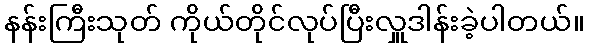
နန်းကြီးသုတ် ကိုယ်တိုင်လုပ်ပြီးလှူဒါန်းခဲ့ပါတယ်။